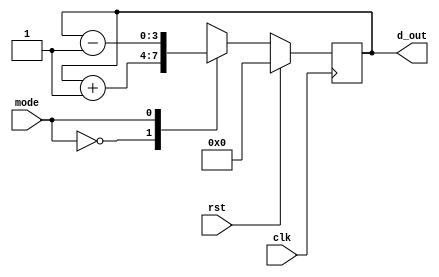
module syn_updown_counter_load(clk,rst,mode,d_out);
input clk,rst,mode;
output reg [3:0]d_out;
always@(posedge clk)
begin
if(rst)
d_out <= 4'b0000;
else
begin
case(mode)
1'b0 : d_out <= d_out + 1;
1'b1 : d_out <= d_out - 1;
endcase
end
end
endmodule